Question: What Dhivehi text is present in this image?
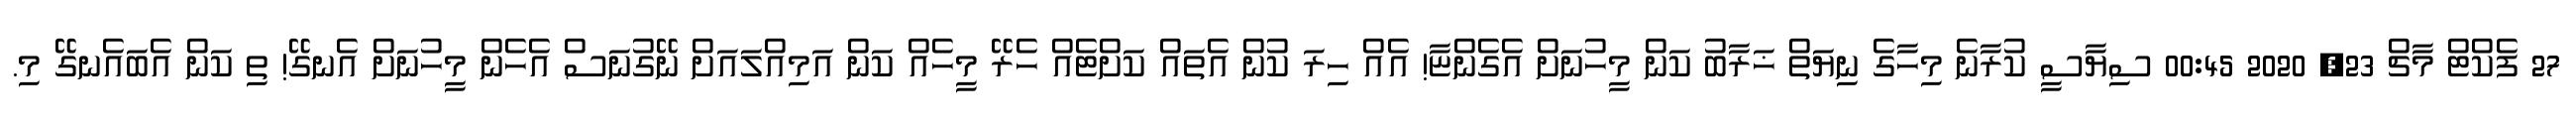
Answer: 27 ފެކްޓް މާޗް 23, 2020 00:45 ސިޔާސީ ކުރާނެ މިހާގެ ނިޔަތް ޚަރާބު ކަން މީހުނަށް އެގެންޏާ! އެއް ހިރަ ކުން އެތައް ކަށްޓެއް ހެރޭ މީހެއް ކަން އަމިއްލައަށް ނޭގުނަސް އެހެން މީހުނަށް އެނގޭ! ތި ކަން އެބައެނގޭ މި.